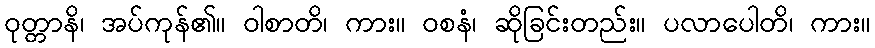
ဝုတ္တာနိ၊ အပ်ကုန်၏။ ဝါစာတိ၊ ကား။ ဝစနံ၊ ဆိုခြင်းတည်း။ ပလာပေါတိ၊ ကား။